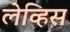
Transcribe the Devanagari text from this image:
लेव्हिस